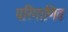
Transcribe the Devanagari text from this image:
परिगाणित